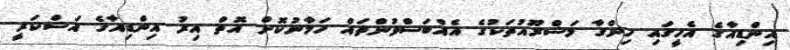
އިންޑިއާގެ އެހީގައި ހިންގާ މަޝްރޫއުތަކުގެ އެއްބަސްވުންތައް ހަމާނުކޮށް އޮތް އިރު އިންޑިއާގެ އަސްކަރީ